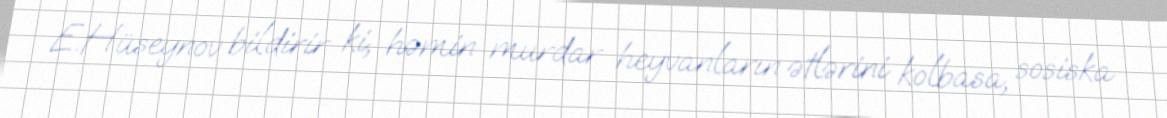
E.Hüseynov bildirir ki, həmin murdar heyvanların ətlərini kolbasa, sosiska